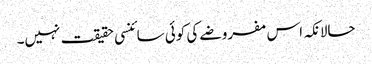
حالانکہ اس مفروضے کی کوئی سائنسی حقیقت نہیں۔